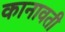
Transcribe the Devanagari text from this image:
कानावती